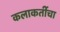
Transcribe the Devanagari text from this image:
कलाकर्तीचा